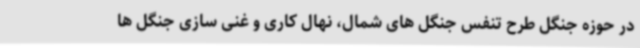
در حوزه جنگل طرح تنفس جنگل های شمال، نهال کاری و غنی سازی جنگل ها